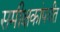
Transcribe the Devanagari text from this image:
समीक्षकांपर्यंत